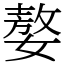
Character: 嫯